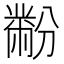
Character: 黺